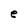
Character: e